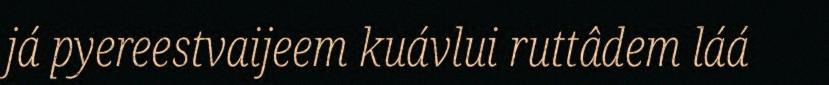
já pyereestvaijeem kuávlui ruttâdem láá